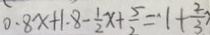
0 . 8 x + 1 . 8 - \frac { 1 } { 2 } x + \frac { 5 } { 2 } = 1 + \frac { 2 } { 3 } )